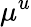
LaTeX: \mu^{u}